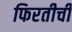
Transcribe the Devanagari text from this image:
फिरतीची